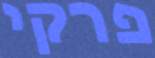
פרקי